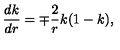
\frac { d k } { d r } = \mp \frac { 2 } { r } k ( 1 - k ) ,